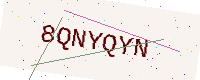
Text: 8QNYQYN